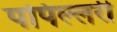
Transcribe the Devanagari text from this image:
पपिल्लरी